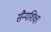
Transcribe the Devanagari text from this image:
सैन्यशिक्षा